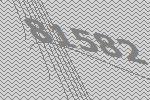
81582